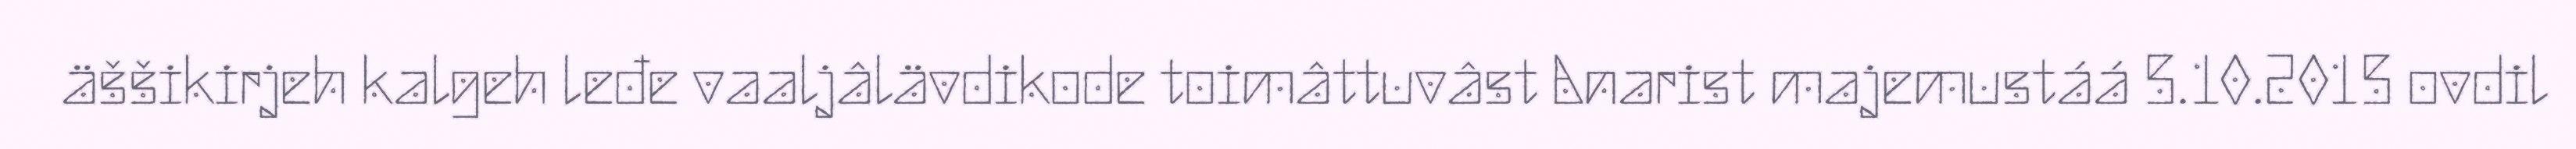
äššikirjeh kalgeh leđe vaaljâlävdikode toimâttuvâst Anarist majemustáá 5.10.2015 ovdil